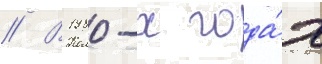
// В 1980-х года́х